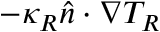
- \kappa _ { R } \boldsymbol { \hat { n } \cdot \nabla } T _ { R }